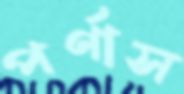
পর্ণাস